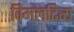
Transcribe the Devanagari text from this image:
विमलदित्य